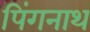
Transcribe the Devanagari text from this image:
पिंगनाथ